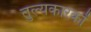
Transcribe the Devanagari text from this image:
तुल्यकारकों